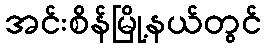
အင်းစိန်မြို့နယ်တွင်